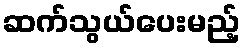
ဆက်သွယ်ပေးမည့်